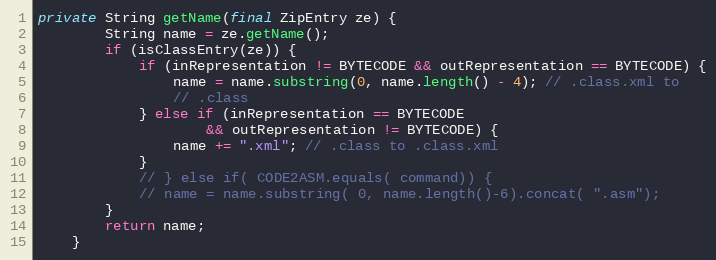
Language: Java
private String getName(final ZipEntry ze) {
        String name = ze.getName();
        if (isClassEntry(ze)) {
            if (inRepresentation != BYTECODE && outRepresentation == BYTECODE) {
                name = name.substring(0, name.length() - 4); // .class.xml to
                // .class
            } else if (inRepresentation == BYTECODE
                    && outRepresentation != BYTECODE) {
                name += ".xml"; // .class to .class.xml
            }
            // } else if( CODE2ASM.equals( command)) {
            // name = name.substring( 0, name.length()-6).concat( ".asm");
        }
        return name;
    }